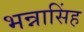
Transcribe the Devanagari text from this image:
भन्नासिंह